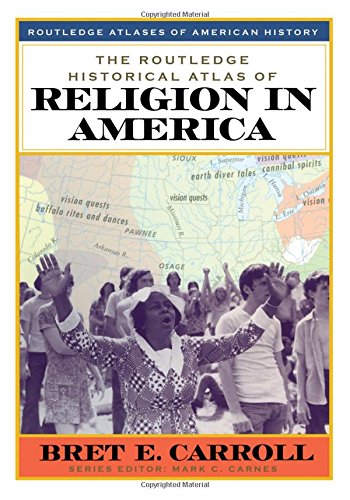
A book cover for The Routledge Historical Atlas of Religion in America (Routledge Atlases of American History); Brett E. Carroll; History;